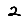
Digit: 2